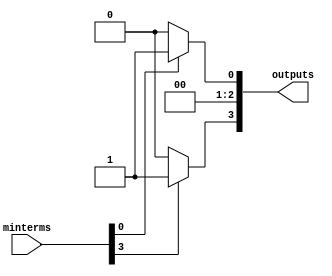
module prime_implicant_minimizer (
    input [3:0] minterms,         // Four possible minterms (00 to 11 for 2 variables)
    output reg [3:0] outputs      // Outputs representing the minimized Boolean function
);

// Boolean function: example minterms for F(A, B) = A'B' + AB
// minterms = 0, 3 -> output = 1, others = 0

always @(*) begin
    // Initialize outputs
    outputs = 4'b0000;

    // Check each minterm (example for A and B)
    if (minterms[0]) // A'B' => minterm 0
        outputs[0] = 1;

    if (minterms[1]) // A'B => minterm 1
        outputs[1] = 0; // Not a part of minimized function

    if (minterms[2]) // AB' => minterm 2
        outputs[2] = 0; // Not a part of minimized function

    if (minterms[3]) // AB => minterm 3
        outputs[3] = 1; // Part of minimized function
end

endmodule